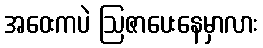
အဝေးကပဲ ဩဇာပေးနေမှာလား